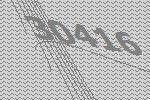
30416